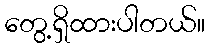
တွေ့ရှိထားပါတယ်။